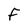
Character: F